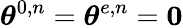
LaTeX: \boldsymbol{\theta}^{0,n}=\boldsymbol{\theta}^{e,n}=\boldsymbol{0}